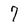
Character: 7